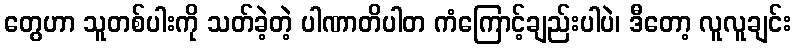
တွေဟာ သူတစ်ပါးကို သတ်ခဲ့တဲ့ ပါဏာတိပါတ ကံကြောင့်ချည်းပါပဲ၊ ဒီတော့ လူလူချင်း